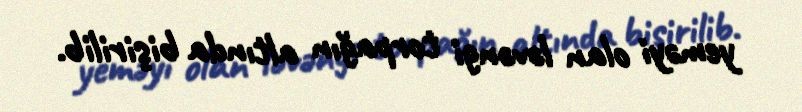
yeməyi olan ləvəngi torpağın altında bişirilib.